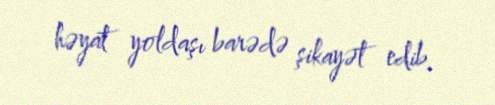
həyat yoldaşı barədə şikayət edib.